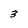
Character: 3